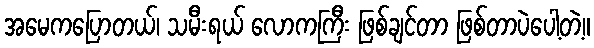
အမေကပြောတယ်၊ သမီးရယ် လောကကြီး ဖြစ်ချင်တာ ဖြစ်တာပဲပေါ့တဲ့။